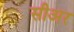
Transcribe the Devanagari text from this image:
सीअर